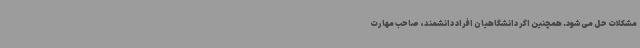
مشکلات حل می‌شود. همچنین اگر دانشگاهیان افراد دانشمند، صاحب مهارت